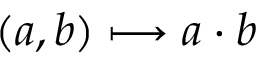
( a , b ) \longmapsto a \cdot b